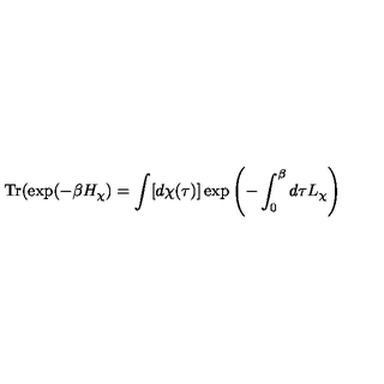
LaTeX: \mathrm { T r } ( \exp ( - \beta H _ { \chi } ) = \int [ d \chi ( \tau ) ] \exp \left( - \int _ { 0 } ^ { \beta } d \tau L _ { \chi } \right)